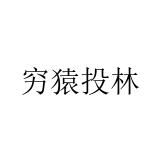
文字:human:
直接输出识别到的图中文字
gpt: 穷猿投林